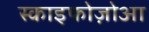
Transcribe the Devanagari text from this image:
स्काइफोज़ोआ